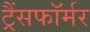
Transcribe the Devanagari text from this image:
ट्रैंसफॉर्मर